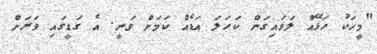
"މީހަކު ހަޅޭއް ލަވައިގަން ކަހަލަ އަޑެއް ކަމަށް ވަނީ. އެ ގަޑީގައި ވަރަށް